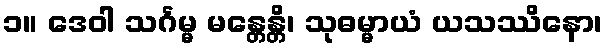
၁။ ဒေဝါ သင်္ဂမ္မ မန္တေန္တိ၊ သုဓမ္မာယံ ယသဿိနော၊